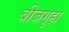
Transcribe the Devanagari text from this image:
बीजगुहा